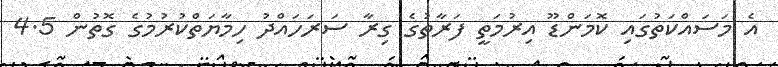
އެ މަސައްކަތުގައި ކޮމަންޑޫ އިރުމަތީ ފަރާތުގެ ގިރާ ސަރަހައްދު ހިމާޔަތްކުރުމުގެ ގޮތުން 4.5